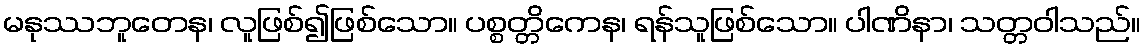
မနုဿဘူတေန၊ လူဖြစ်၍ဖြစ်သော။ ပစ္စတ္တိကေန၊ ရန်သူဖြစ်သော။ ပါဏိနာ၊ သတ္တဝါသည်။